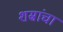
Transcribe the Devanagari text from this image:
शस्रांचा